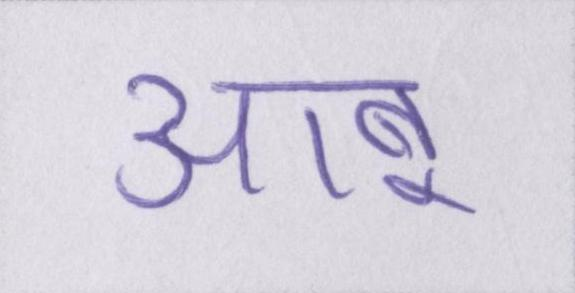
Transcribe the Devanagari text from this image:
आबू